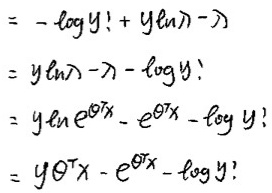
\begin{align*}
&= -\log y! + y\ln\lambda - \lambda\\
&= y\ln\lambda - \lambda - \log y!\\
&= y\ln e^{\theta^Tx} - e^{\theta^Tx} - \log y!\\
&= y\theta^Tx - e^{\theta^Tx} - \log y!
\end{align*}